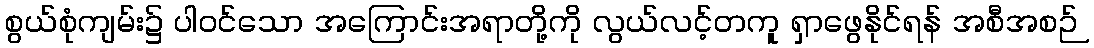
စွယ်စုံကျမ်း၌ ပါဝင်သော အကြောင်းအရာတို့ကို လွယ်လင့်တကူ ရှာဖွေနိုင်ရန် အစီအစဉ်